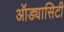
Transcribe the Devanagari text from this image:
ऑड्यासिटी